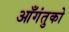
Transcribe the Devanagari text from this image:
आँगंतुको